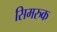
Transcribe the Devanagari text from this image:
सिमरुक